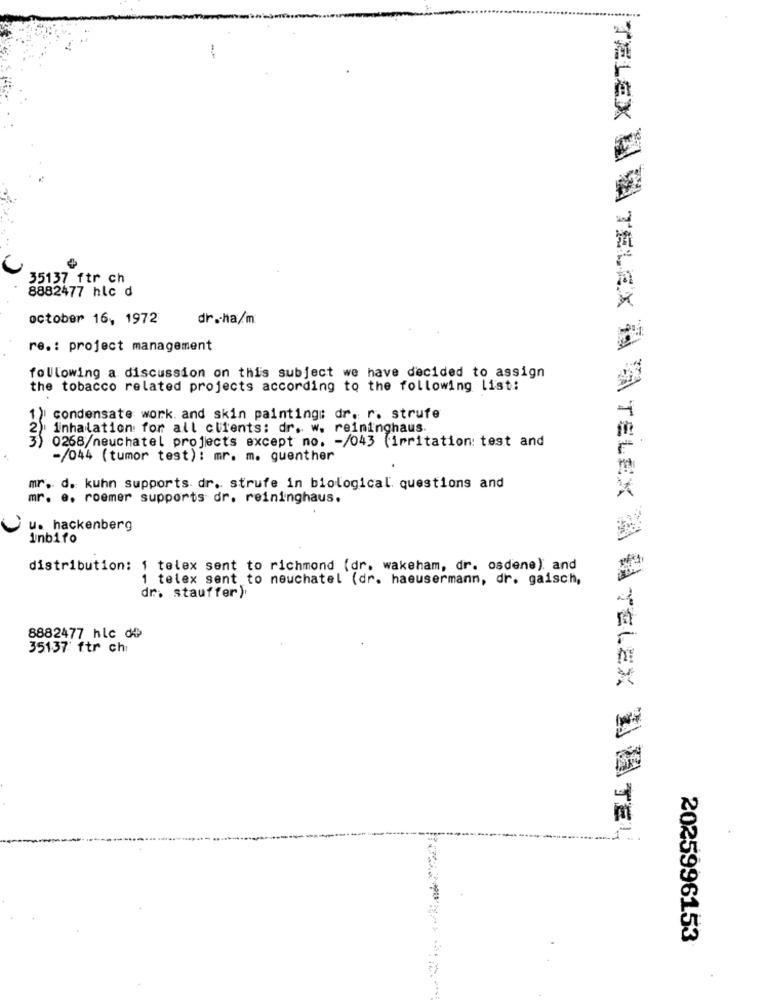
.....
-
TELEX H E
35137 ftr ch
8882477 hlc d
october 16, 1972
dr .- ha/m
re .: project management
following a discussion on this subject we have decided to assign
the tobacco related projects according to the following list:
condensate work. and skin painting: dr. r. strufe
inhalation for all clients: dr. w. reininghaus.
3) 0268/neuchatel projects except no. - /043 (irritation: test and
- NM
-/044 (tumor test): mr. m. guenther
mr. d. kuhn supports. dr. strufe in biological questions and
mr. e. roemer supports dr. reininghaus.
u. hackenberg
Inbifo
distribution: 1 telex sent to richmond (dr. wakeham, dr. osdene): and
1 telex sent to neuchatel (dr. haeusermann, dr. gaisch,
dr. stauffer ).
8882477 hlc dû
35137 ftr ch
TELEX A A TELEX A WAYELEX HUATEY
2025996153